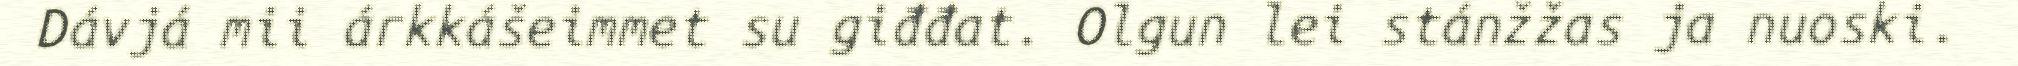
Dávjá mii árkkášeimmet su giđđat. Olgun lei stánžžas ja nuoski.